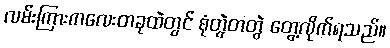
လမ်းကြားကလေးတခုထဲတွင် စုံတွဲတတွဲ တွေ့လိုက်ရသည်။